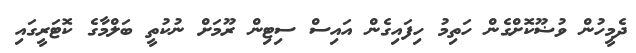
ދެމީހުން ވުޟޫކޮށްގެން ހަތިމު ހިފައިގެން އައިސް ސިޓިން ރޫމަށް ނުކުތީ ބަލްމާގެ ކޮޓަރީގައި